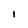
Character: i